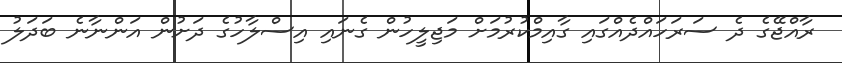
ރާއްޖޭގެ ދެ ސަރަހައްދެއްގައި ގާއިމްކުރުމަށް މަޖިލީހުން ގެނައި އިސްލާހުގެ ދަށުން އަންނާނެ ބަދަލު